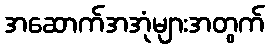
အဆောက်အအုံများအတွက်